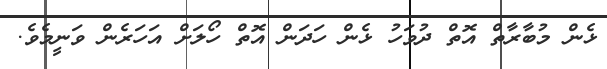
ޅެން މުބާރާތް އޮތް ދުވަހު ޅެން ހަދަން އޮތް ހޯލަށް އަހަރެން ވަނީމެވެ.